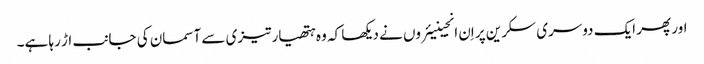
اور پھر ایک دوسری سکرین پر اِن انجینیئروں نے دیکھا کہ وہ ہتھیار تیزی سے آسمان کی جانب اڑ رہا ہے۔